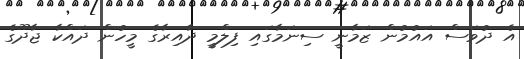
އެ ދުވަސް އައުމުން ޒަމާނީ ސިނަމާގައި ފިލްމީ ދާއިރާގެ މީހުން ދައްކާ ޖާދޫގެ